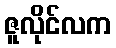
ဇူလိုင်လက